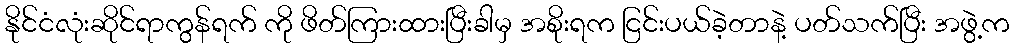
နိုင်ငံလုံးဆိုင်ရာကွန်ရက် ကို ဖိတ်ကြားထားပြီးခါမှ အစိုးရက ငြင်းပယ်ခဲ့တာနဲ့ ပတ်သက်ပြီး အဖွဲ့က